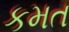
કમત